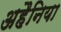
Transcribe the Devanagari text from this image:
अहैनिया